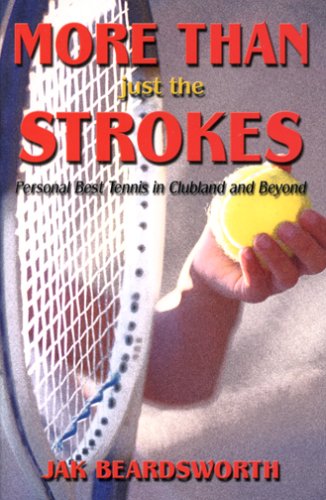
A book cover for More Than Just the Strokes: Personal Best Tennis in Clubland and Beyond; Jak Beardsworth; Sports & Outdoors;